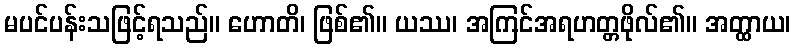
မပင်ပန်းသဖြင့်ရသည်။ ဟောတိ၊ ဖြစ်၏။ ယဿ၊ အကြင်အရဟတ္တဖိုလ်၏။ အတ္ထာယ၊